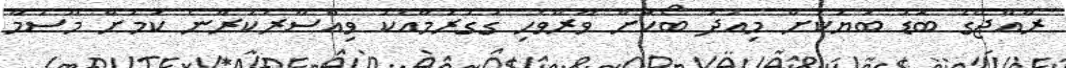
ރާއްޖޭގެ ބޮޑު ބަޔަކަށް މިއަދު ބޯކޮށް ވާރޭވެހި ގުގުރުމާއެކު ވިއްސާރަކުރާނެ ކަމަށް މޫސުމާ